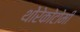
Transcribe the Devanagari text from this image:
थोरेकोटोमी